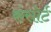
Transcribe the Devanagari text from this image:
कंसोर्ट